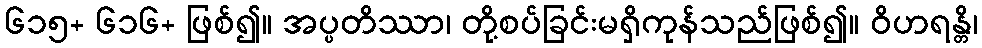
၆၁၅+ ၆၁၆+ ဖြစ်၍။ အပ္ပတိဿာ၊ တို့စပ်ခြင်းမရှိကုန်သည်ဖြစ်၍။ ဝိဟရန္တိ၊